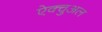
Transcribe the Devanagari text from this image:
ऐक्चुअल